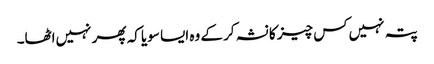
پتہ نہیں‌کس چیز کا نشہ کر کے وہ ایسا سویا کہ پھر نہیں‌اٹھا۔